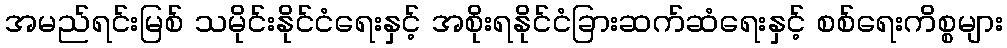
အမည်ရင်းမြစ် သမိုင်းနိုင်ငံရေးနှင့် အစိုးရနိုင်ငံခြားဆက်ဆံရေးနှင့် စစ်ရေးကိစ္စများ